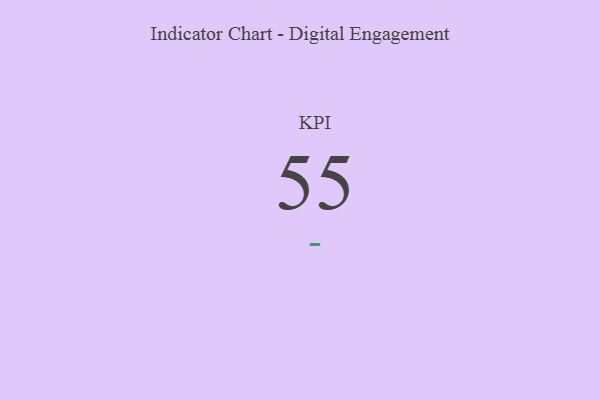
{"axis": {"x": "KPI", "y": "Value"}, "legend": [""], "data": [{"x": "KPI", "y": 55, "type": ""}]}